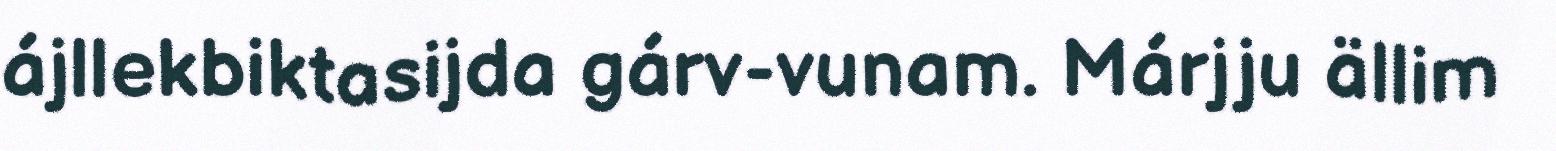
ájllekbiktasijda gárv-vunam. Márjju ällim